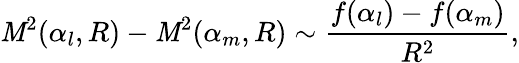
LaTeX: {\cal\mathit{M}}^{2}(\alpha_{l},R)-{\cal\mathit{M}}^{2}(\alpha_{m},R)\sim\frac{{f(\alpha_{l})-f(\alpha_{m})}}{{R^{2}}},